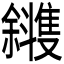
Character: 𪯰